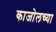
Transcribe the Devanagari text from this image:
काजोलच्या